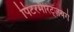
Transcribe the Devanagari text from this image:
पिटरमैरिट्ज़बर्ग